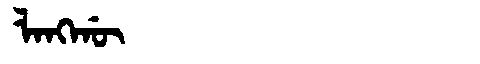
Manchu: ᠯᠠᠩᡤᡡ
Romanization: LANGGŪ